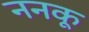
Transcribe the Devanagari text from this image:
ननकू